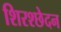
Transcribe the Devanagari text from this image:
शिरश्छेदन